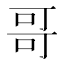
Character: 哥